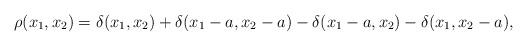
LaTeX: \begin{align*}\rho (x_{1},x_{2})=\delta(x_{1},x_{2})+\delta(x_{1}-a,x_{2}-a)-\delta(x_{1}-a,x_{2})-\delta(x_{1},x_{2}-a),\end{align*}